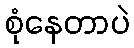
စုံနေတာပဲ